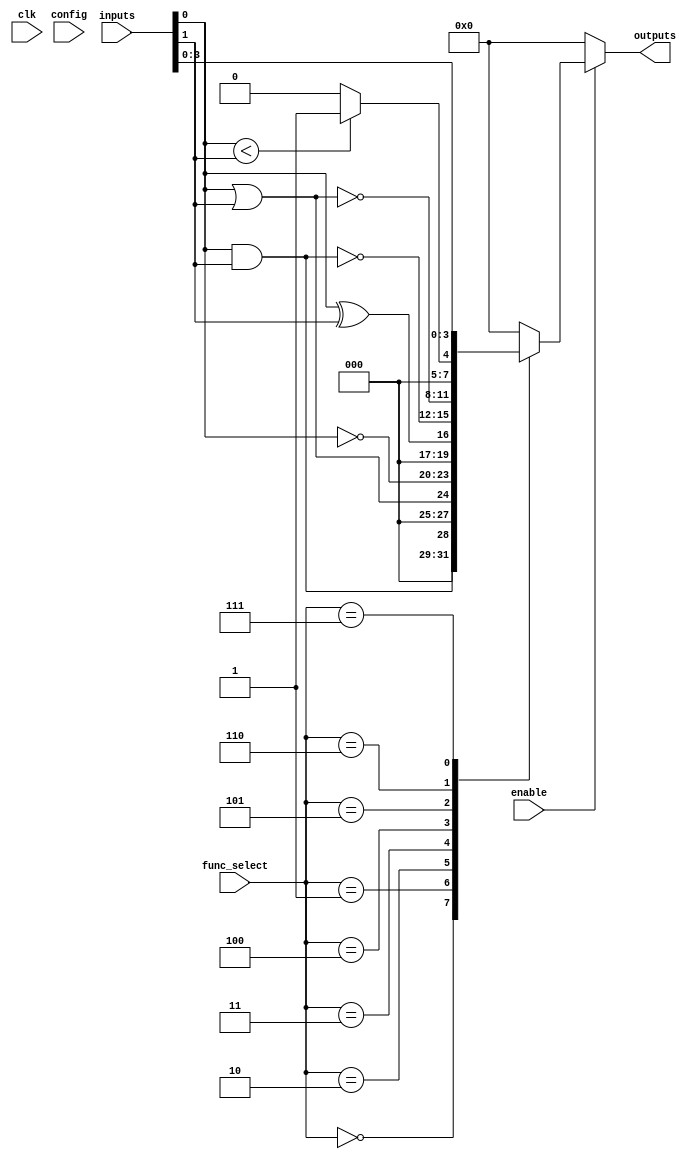
module CLB #(
    parameter NUM_INPUTS = 8,        // Number of input signals
    parameter NUM_OUTPUTS = 4         // Number of output signals
)(
    input wire [NUM_INPUTS-1:0] inputs,  // Input signals
    input wire [NUM_OUTPUTS-1:0] func_select, // Function selector for combinational logic
    input wire enable,                   // Enable signal
    input wire clk,                      // Clock signal for configuration
    input wire [NUM_INPUTS-1:0] config,  // Configuration memory input
    output reg [NUM_OUTPUTS-1:0] outputs // Output signals
);

// Function implementation based on func_select
always @(*) begin
    if (enable) begin
        case (func_select)
            4'b0000: outputs = inputs[0] & inputs[1];  // AND
            4'b0001: outputs = inputs[0] | inputs[1];  // OR
            4'b0010: outputs = ~inputs[0];              // NOT
            4'b0011: outputs = inputs[0] ^ inputs[1];  // XOR
            4'b0100: outputs = ~(inputs[0] & inputs[1]);// NAND
            4'b0101: outputs = ~(inputs[0] | inputs[1]);// NOR
            4'b0110: outputs = (inputs[0] < inputs[1]) ? 1 : 0; // Comparator
            4'b0111: outputs = {inputs[3:0]};            // Pass-through (example)
            // Additional functions can be added here
            default: outputs = {NUM_OUTPUTS{1'b0}};      // Default condition
        endcase
    end else begin
        outputs = {NUM_OUTPUTS{1'b0}};                  // Output should be 0 when not enabled
    end
end

// Configuration logic (simplified for the sake of this example)
always @(posedge clk) begin
    // Configuration logic based on config input
    // This can be used to change the behavior of the logic functions
    // More sophisticated memory management would typically be needed
end

endmodule